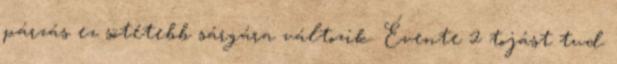
párzás ez sötétebb sárgára változik. Évente 2 tojást tud